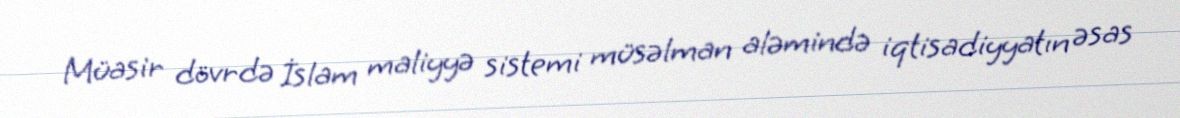
Müasir dövrdə İslam maliyyə sistemi müsəlman aləmində iqtisadiyyatın əsas